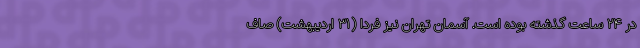
در ۲۴ ساعت گذشته بوده است. آسمان تهران نیز فردا (۳۱ اردیبهشت‌) صاف